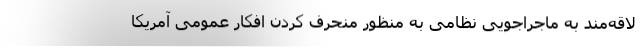
لاقه‌مند به ماجراجویی نظامی به منظور منحرف کردن افکار عمومی آمریکا